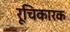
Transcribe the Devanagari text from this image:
रूचिकारक